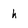
Character: h